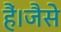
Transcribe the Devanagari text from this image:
हैं।जैसे